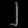
Digit: ၂